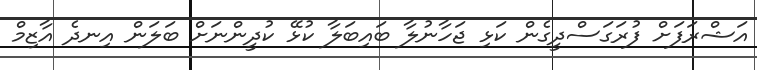
އަޝްރަފަށް ފުރަގަސްދީގެން ކަޅި ޖަހާނުލާ ބައިބަލާ ކުޅޭ ކުދީންނަށް ބަލަން އިނދެ އާޒިމް